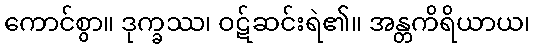
ကောင်စွာ။ ဒုက္ခဿ၊ ဝဋ်ဆင်းရဲ၏။ အန္တကိရိယာယ၊